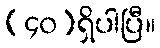
(၄၀)ရှိပါပြီ။